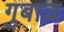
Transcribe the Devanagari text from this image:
गुबाळ